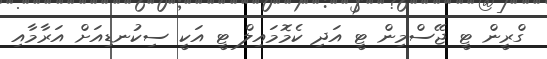
ގްރީން ޓީ ޖޭސްމިން ޓީ އަދި ކެމޮމައިލް ޓީ އަކީ ސިކުނޑިއަށް އަރާމާއި